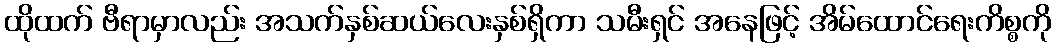
ထိုထက် ဗီရာမှာလည်း အသက်နှစ်ဆယ်လေးနှစ်ရှိကာ သမီးရှင် အနေဖြင့် အိမ်ထောင်ရေးကိစ္စကို